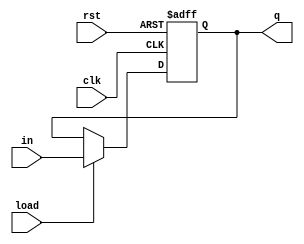
module pipo(q,in,load,clk,rst);
output [3:0]q;
input load,clk,rst;
input [3:0]in;
reg [3:0]q;
always @ (posedge clk or posedge rst)
begin
if(rst)
q<=4'b0;
else if(load)
q<=in;
else
q<=q;
end
endmodule